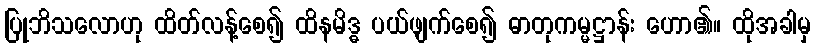
ပြုဘိသလောဟု ထိတ်လန့်စေ၍ ထိနမိဒ္ဓ ပယ်ဖျက်စေ၍ ဓာတုကမ္မဋ္ဌာန်း ဟော၏။ ထိုအခါမှ